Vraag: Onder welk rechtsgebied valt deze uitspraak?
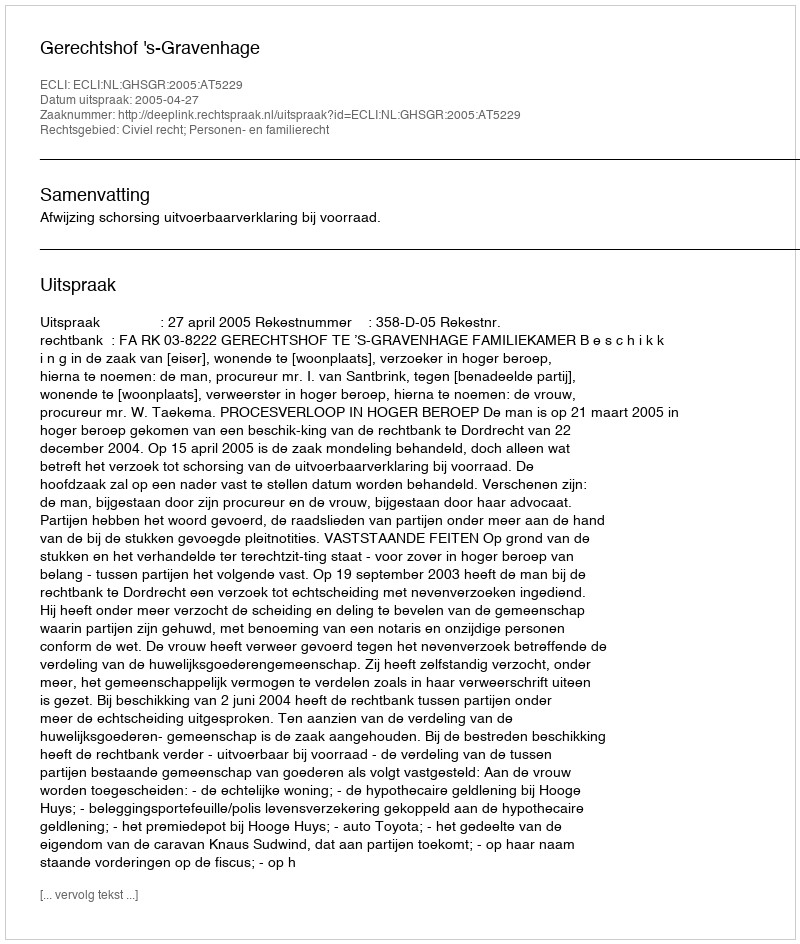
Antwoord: Civiel recht; Personen- en familierecht